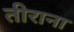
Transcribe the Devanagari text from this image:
तीराना